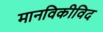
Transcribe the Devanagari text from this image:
मानविकीविद